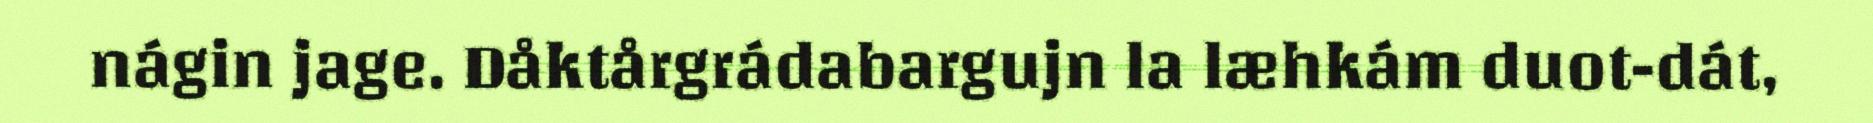
nágin jage. Dåktårgrádabargujn la læhkám duot-dát,